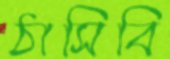
ঠাসিবি